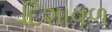
દિશાવળ